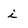
Character: i